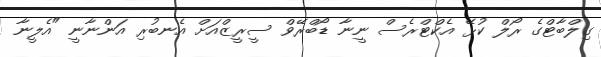
ގިލްބާޓްގެ ރޯލް ކުޅޭ އެކްޓްރެސް ނީނާ ޑޯބްރޭވް ސީރީޒްއަށް އެނބުރި އަންނާނީ "އެލީނާ